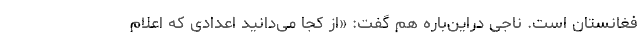
فغانستان است. ناجی دراین‌باره هم گفت: «از کجا می‌دانید اعدادی که اعلام